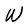
Character: W